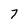
Character: 7